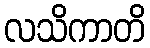
လသိကာတိ